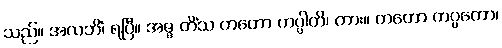
သည်။ အလဘိံ၊ ရပြီ။ အဇ္ဇ တိံသ တတော ကပ္ပါတိ၊ ကား။ တတော ကပ္ပတော၊